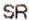
SR